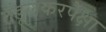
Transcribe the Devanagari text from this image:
तेंडूलकरपेक्षा